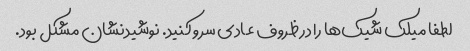
لطفا میلک شیک‌ها را در ظروف عادی سرو کنید. نوشیدنشان مشکل بود.